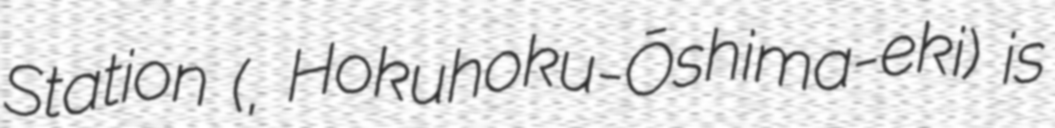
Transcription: Station (ほくほく大島駅, Hokuhoku-Ōshima-eki) is